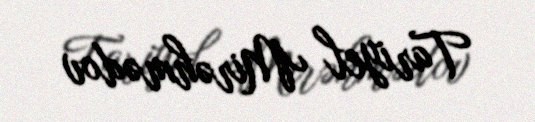
Tariyel Mirəhmədov